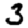
Digit: 3